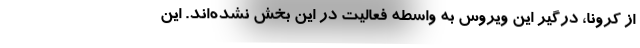
از کرونا، درگیر این ویروس به واسطه فعالیت در این بخش نشده‌اند. این